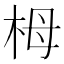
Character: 栂